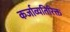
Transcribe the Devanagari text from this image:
कर्जाव्यतिरिक्त